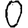
Digit: 0